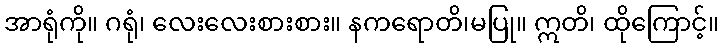
အာရုံကို။ ဂရုံ၊ လေးလေးစားစား။ နကရောတိ၊မပြု။ ဣတိ၊ ထိုကြောင့်။